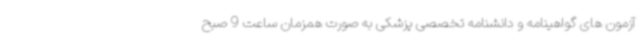
آزمون های گواهینامه و دانشنامه تخصصی پزشکی به صورت همزمان ساعت 9 صبح